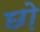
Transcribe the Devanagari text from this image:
छो़